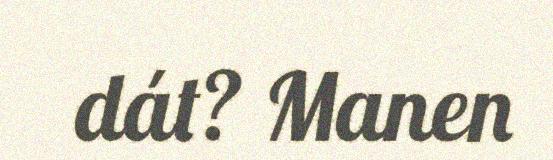
dát? Manen